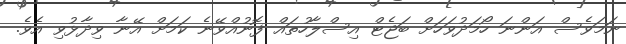
ނަމަވެސް އަންނަ ހޯމަދުވަހަށް ބަޖެޓް އިސްލާހުތައް ފޮނުއްވޭނެ ކަމަށް އޭނާ ވިދާޅުވި އެވެ.